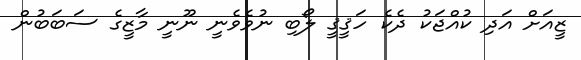
ޒީއަށް އަދި ކުއްޖަކު ދެކެ ހަޤީޤީ ލޯބި ނުވެވެނީ ނޫނީ މާޒީގެ ސަބަބުން